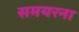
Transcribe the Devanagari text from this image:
समयरना